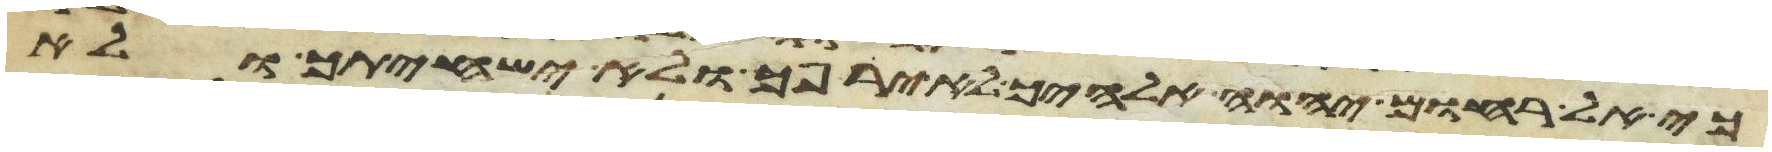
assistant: כי אל רחום יהוה אלהיך לא ירפך ולא ישחיתך ולא